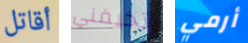
أقاتل تخيفني أرمي